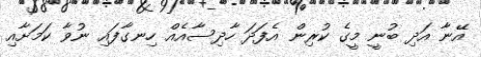
އޭނާ އަދި ބުނީ މީގެ ކުރިން އެފަދަ ހާދިސާއެއް ހިނގާފައި ނުވާ ކަމަށާއި